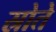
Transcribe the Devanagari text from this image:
स्रोते